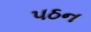
પઠન